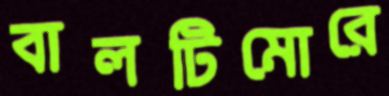
বালটিমোরে